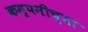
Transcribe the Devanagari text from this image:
कम्पनीच्या